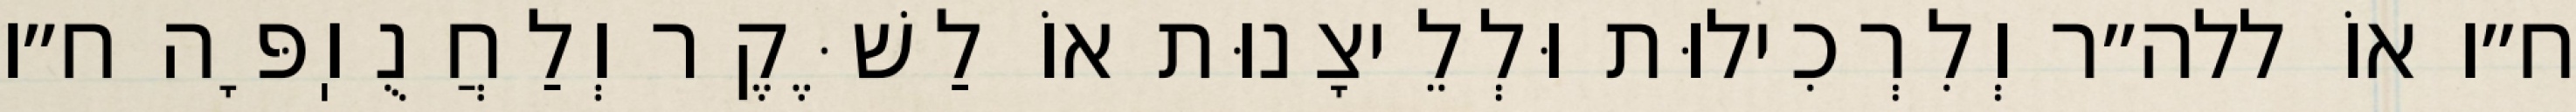
ח״ו אוֹ ללה״ר וְלִרְכִילוּת וּלְלֵיצָנוּת אוֹ לַשֶּׁקֶר וְלַחֲנֻוֽפָּה ח״ו